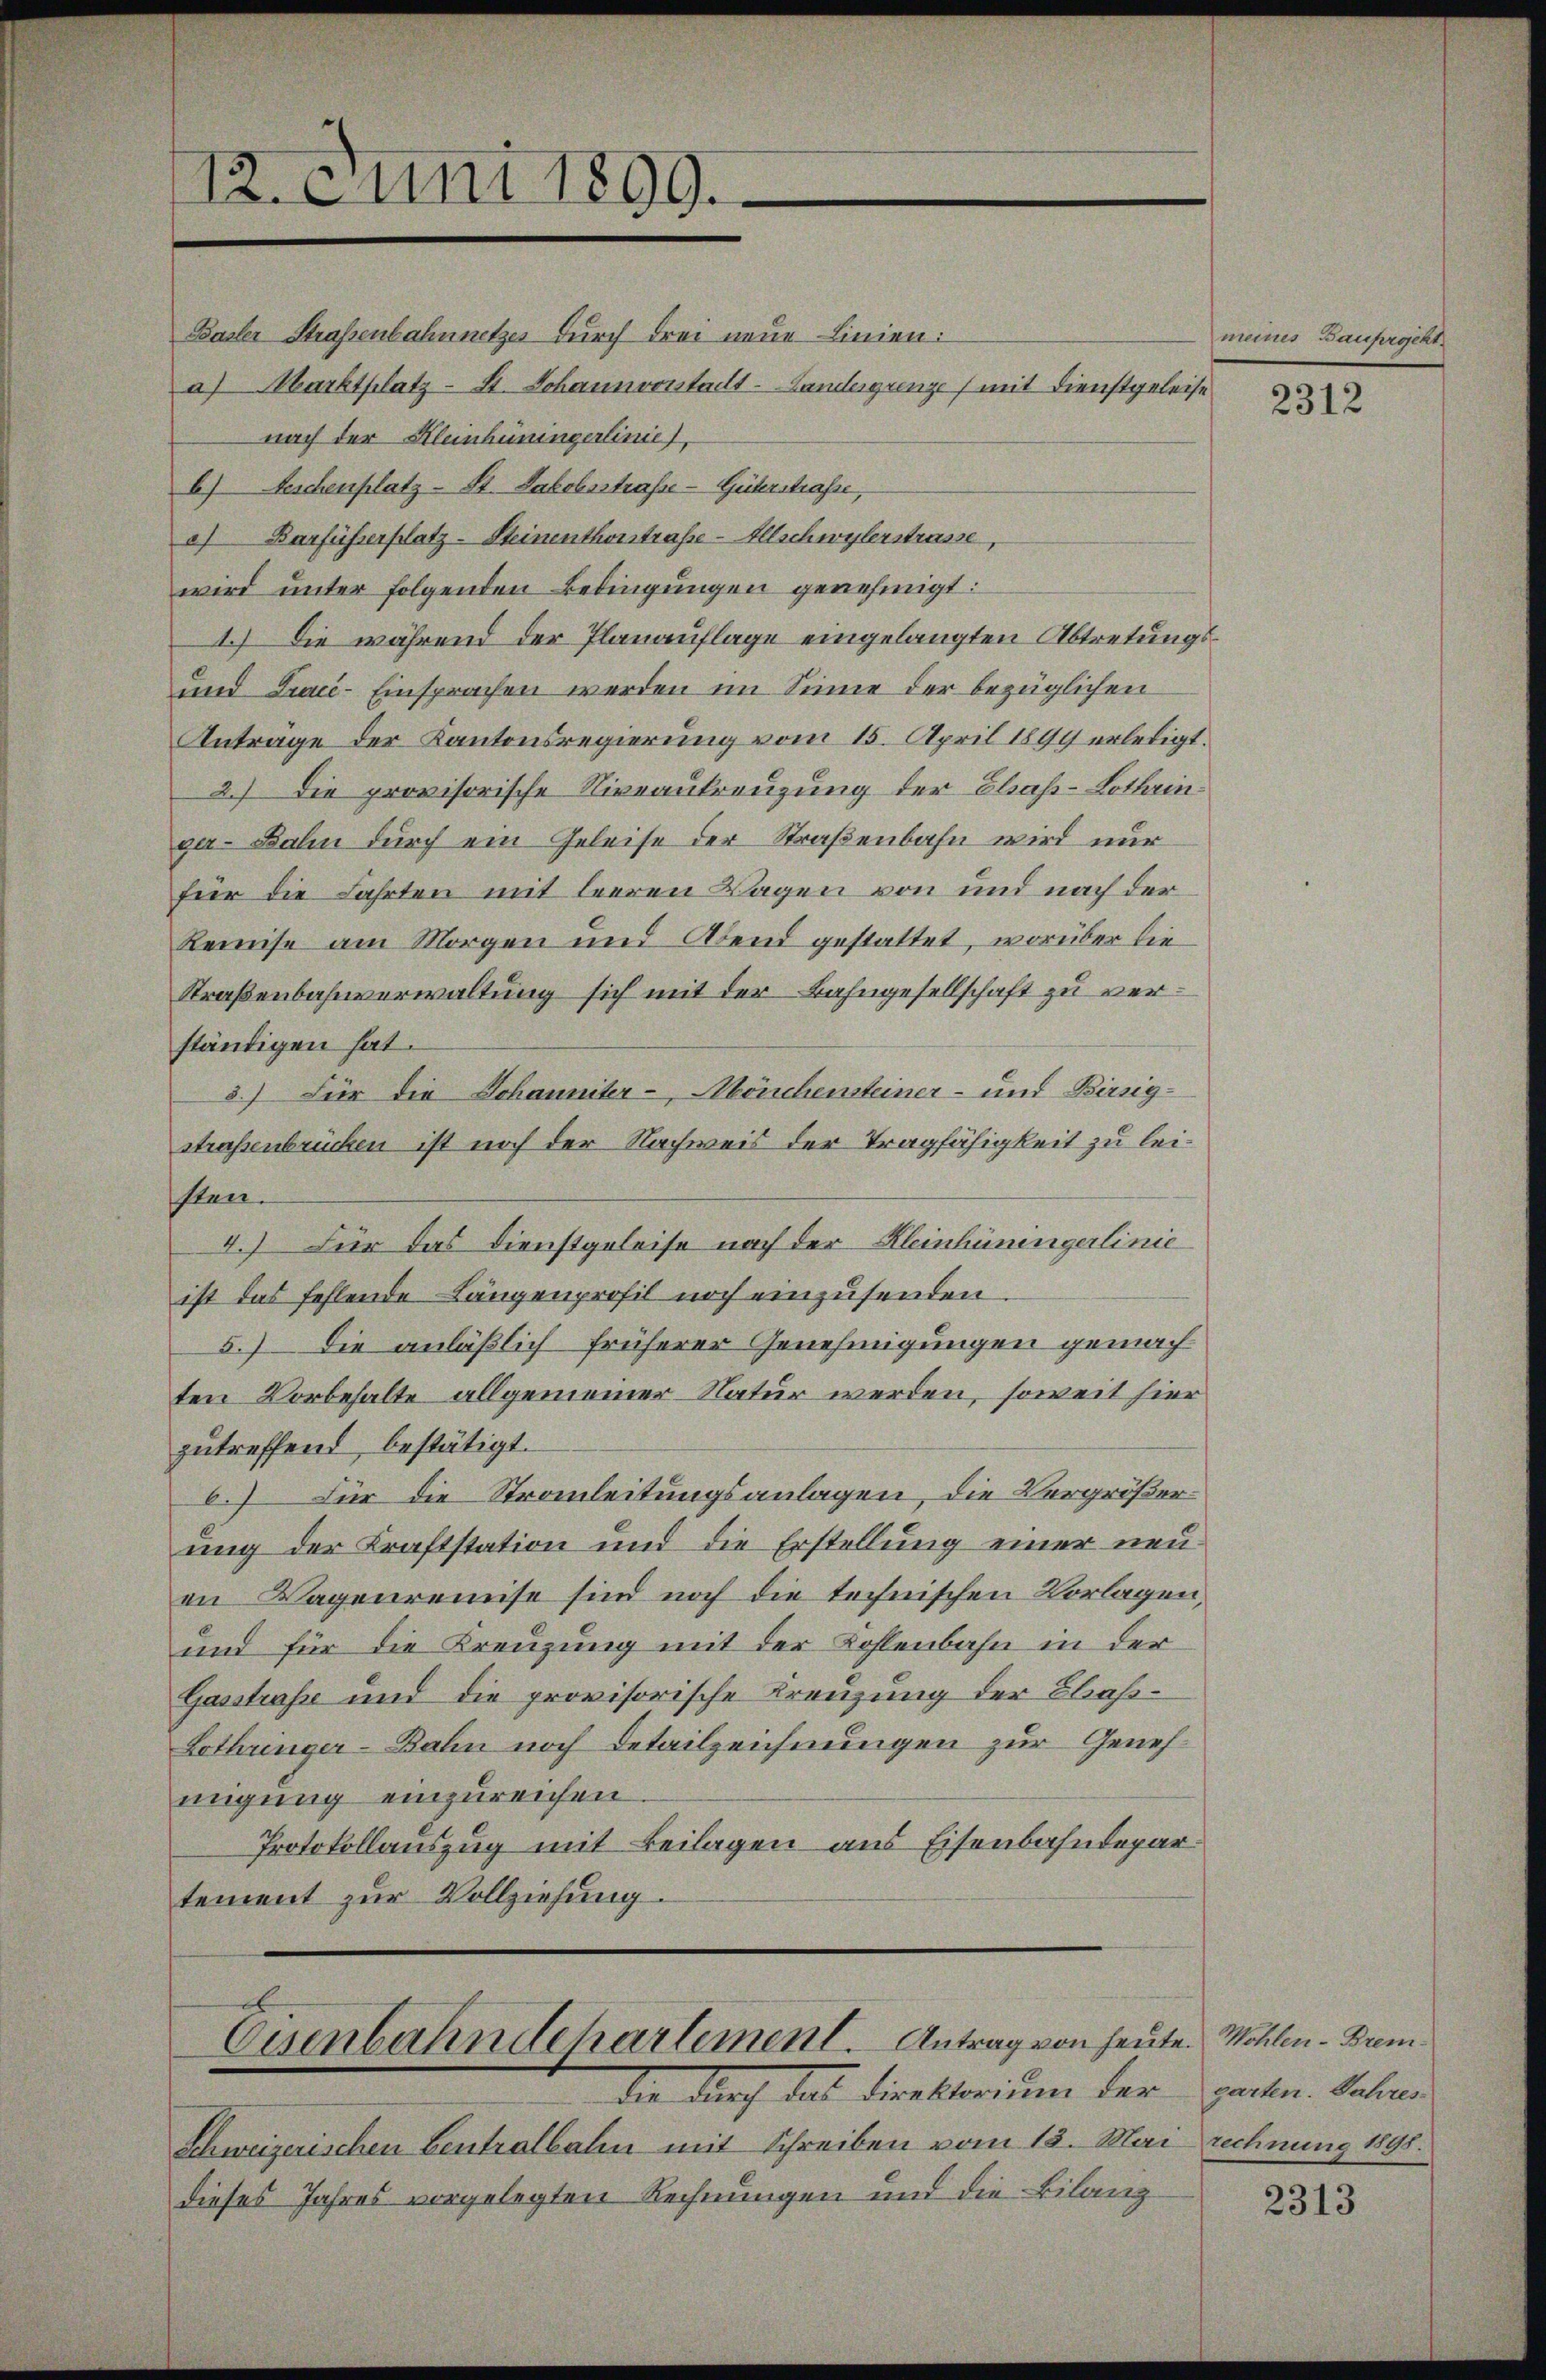
Basler Strassenbahnnetzes durch drei neue Linien:
a) Marktplatz- St. Johannvontallt-Landesgrenze (mit Dienstgeleise
nach der Kleinhüningerlinie,
b) Beschenplatz- St. Jakobsstrafe - Güterstrasse,
) Barfüsserplatz-Steinenthonstraße - Allschwylerstrasse,
wird unter folgenden Bedingungen genehmigt:
1.) Die während der Planauflage eingelangten Abtretungs¬
und Trace-Einsprachen werden im Sinne der bezüglichen
Anträge der Kantonsregierung vom 15. April 1899 erledigt.
2.) Die provisorische Niveaukreuzung der Elsass-Lothringer-Bahn durch ein Geleise der Straßenbahn wird nur
für die Fahrten mit leeren Lagen von und nach der
Remise am Morgen und Abend gestattet, worüber die
Straßenbahnverwaltung sich mit der Bahngesellschaft zu verständigen hat.
3.) Für die Johanniter- Mönchensteiner- und Birsig-
strassenbrücken ist noch der Nachweis der Tragfähigkeit zu leisten.
I.) Für das Dienstgeleise nach der Kleinhüningerlinie
ist das fehlende Längenprofil noch einzusenden
5.) Die anläßlich früherer Genehmigungen gemachten Vorbehalte allgemeiner Natur werden, soweit hier
zutreffend bestätigt.
 Für die Strauleitungsanlagen, die Vergrößerung der Kraftstation und die Erstellung einer neu
en Tagenreinse sind noch die technischen Vorlagen,
und für die Kreuzung mit der Kohlenbahn in der
Gasstrasse und die provisorische Kreuzung der Chas¬
Lothringer-Bahn noch Detailzeichnungen zur Genehmigung einzureichen.
Protokollauszug mit Beilagen aus Eisenbahndepartement zur Vollziehung.

712. c uni 1899.

Eisenbahndehartement. Antrag von heute. Wohlen - Bremdie durch das direktorium der

Schweizerischen Centralbahn mit Schreiben vom 13. Mai
dieses Jahres vorgelegten Rechnungen und die Bilanz

meines Bauprgeht.

2312

garten. Jahres
rechnung 1895.

2313